Lunatic asylums United Prov. 1922-30 - 1922-1930
Year: 1922
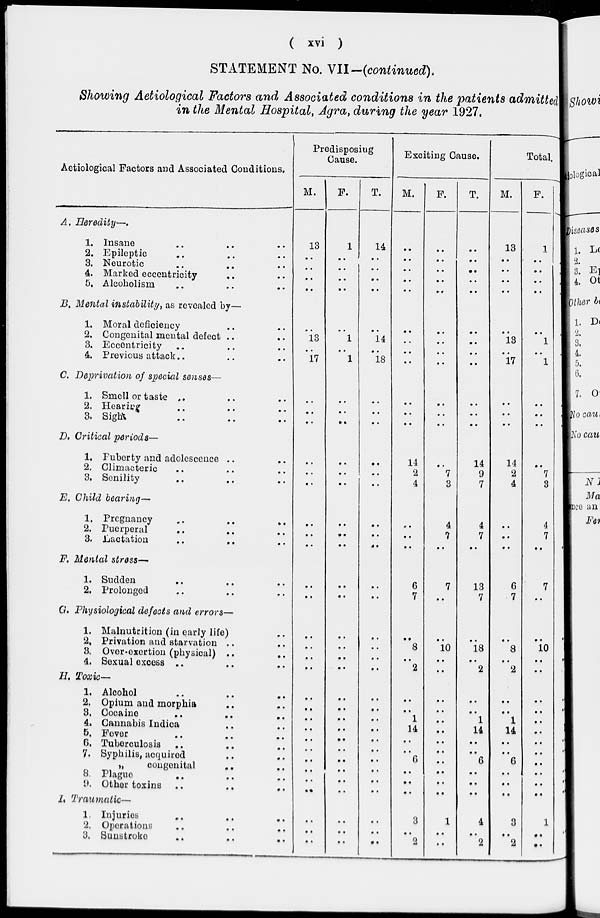
( xvi )
STATEMENT No. VII-(continued).
Showing Aetiological Factors and Associated conditions in the patients admitted
in the Mental Hospital, Agra, during the year 1927.
Aetiologieal Factors and Associated Conditions.
A. Heredity—.
1. Insane .. .. ..
2. Epileptic .. .. ..
3. Neurotic .. .. ..
4. Marked eccentricity .. ..
5. Alcoholism .. .. ..
B. Mental instability, as revealed by—
1. Moral deficiency .. ..
2. Congenital mental defect .. ..
3. Eccentricity .. .. ..
4. Previous attack.. .. ..
C. Deprivation of Special senses—
1. Smell or taste .. .. ..
2. Hearing .. .. ..
3. Sight .. .. ..
D. Critical periods—
1. Fuberty and adolescence .. ..
2. Climacteric .. .. ..
3. Senility .. .. ..
E. Child bearing—
1. Pregnancy .. .. ..
2. Puerperal .. .. ..
3. Lactation .. .. ..
F. Mental stress—
1. Sudden .. .. ..
2. Prolonged .. .. ..
G. Physiological defects and errors—
1. Malnutrition (in early life) ..
2. Privation and starvation .. ..
3. Over-exertion (physical) .. ..
4. Sexual excess .. .. ..
H. Toxic—
1. Alcohol .. .. ..
2. Opium and morphia .. ..
3. Cocaine .. .. ..
4. Gannabis Indica .. ..
5. Fever .. .. ..
6. Tuberculosis .. .. ..
7. Syphilis, acquired .. ..
„
congenital
.. ..
8. Plague .. .. ..
9. Other toxins .. .. ..
7. Traumatic—
1. Injuries .. .. ..
2. Operations .. .. ..
3. Sunstroke .. .. ..
Predisposing
Cause.
M.
13
..
..
..
..
..
13
..
17
..
..
..
..
..
..
..
..
..
..
..
..
..
..
..
..
..
..
..
..
..
..
..
..
..
..
..
..
F.
1
..
..
..
..
..
1
..
1
..
..
..
..
..
..
..
..
..
..
..
..
..
..
..
..
..
..
..
..
..
..
..
..
..
..
..
..
T.
14
..
..
..
..
..
14
..
18
..
..
..
..
..
..
..
..
..
..
..
..
..
..
..
..
..
..
..
..
..
..
..
..
..
..
..
..
Exciting Cause.
M.
..
..
..
..
..
..
..
..
..
..
..
..
14
2
4
...
..
..
6
7
..
8
..
2
..
..
1
14
..
..
6
..
..
..
3
..
2
F.
..
..
..
..
..
..
..
..
..
..
..
..
..
7
3
4
7
..
7
..
..
10
..
..
..
..
..
..
..
..
..
..
..
..
1
..
..
T.
..
..
..
..
..
..
..
..
..
..
..
..
14
9
7
4
7
..
13
7
..
18
..
2
..
..
1
14
..
..
6
..
..
..
4
..
2
Total.
M.
13
..
..
..
..
..
13
..
17
..
..
..
14
2
4
..
..
..
6
7
..
8
..
2
..
..
1
14
..
..
6
..
..
..
3
..
2
F.
1
..
..
..
..
..
1
..
1
..
..
..
..
7
3
4
7
..
7
..
..
10
..
..
..
..
..
..
..
..
..
..
..
..
1
..
..
T.
14
..
..
..
..
..
14
..
18
..
..
..
14
9
7
4
7
..
13
..
..
18
..
2
..
..
1
14
..
..
6
..
..
..
4
..
2